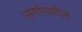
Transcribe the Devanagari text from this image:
सर्गामधील